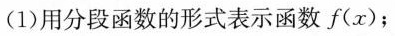
(1)用分段函数的形式表示函数f(x)；